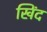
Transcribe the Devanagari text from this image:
खिंद